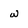
Character: w